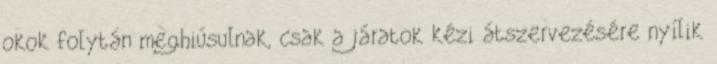
okok folytán meghiúsulnak, csak a járatok kézi átszervezésére nyílik